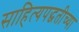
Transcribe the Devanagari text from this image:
साहित्यपद्धतीच्या